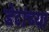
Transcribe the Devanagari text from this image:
डेटांच्या